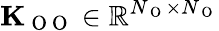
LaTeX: \mathbf{K}_{\mathrm{~O~O~}}\in\mathbb{R}^{N_{\mathrm{~O~}}\times N_{\mathrm{~O~}}}